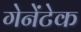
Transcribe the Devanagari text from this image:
गेनेंटेक